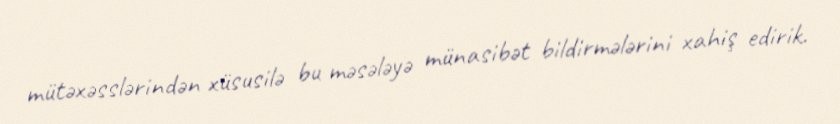
mütəxəsslərindən xüsusilə bu məsələyə münasibət bildirmələrini xahiş edirik.